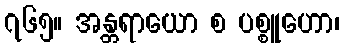
၇၆၅။ အန္တရာယော စ ပစ္စူဟော၊